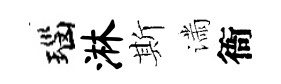
瑙淋斯滿衙